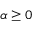
\alpha \geq 0